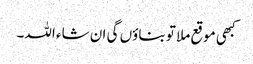
کبھی موقع ملا تو بناؤں گی ان شاء اللہ۔